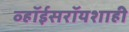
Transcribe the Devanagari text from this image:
व्हॉईसरॉयशाही